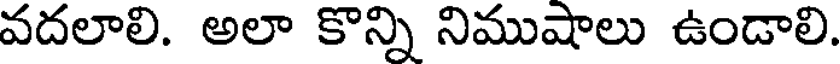
వదలాలి. అలా కొన్ని నిముషాలు ఉండాలి.